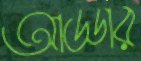
আড্ডার